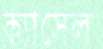
ক্যাসেল